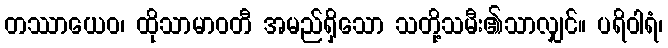
တဿာယေဝ၊ ထိုသာမာဝတီ အမည်ရှိသော သတို့သမီး၏သာလျှင်။ ပရိဝါရံ၊